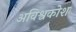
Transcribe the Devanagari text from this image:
अविश्वकोश